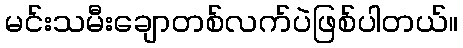
မင်းသမီးချောတစ်လက်ပဲဖြစ်ပါတယ်။